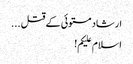
ارشاد مستوئی کے قتل ...
اسلام علیکم!